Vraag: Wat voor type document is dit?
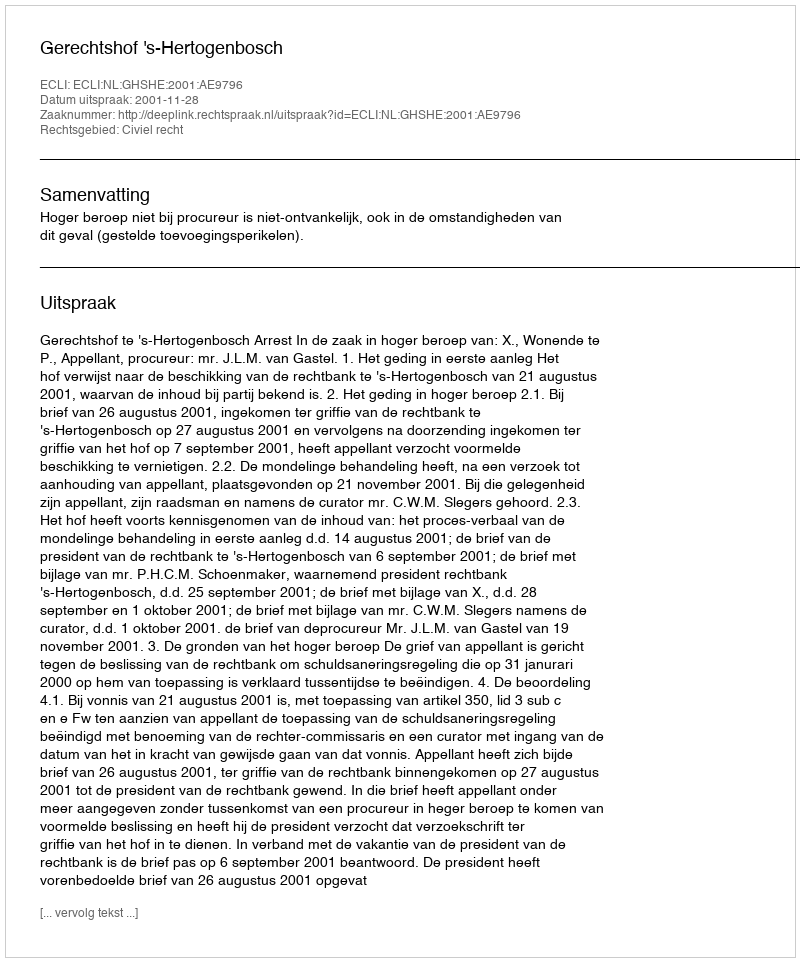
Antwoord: Uitspraak